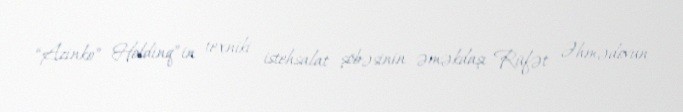
“Azinko” Holdinq”in texniki istehsalat şöbəsinin əməkdaşı Rüfət Əhmədovun